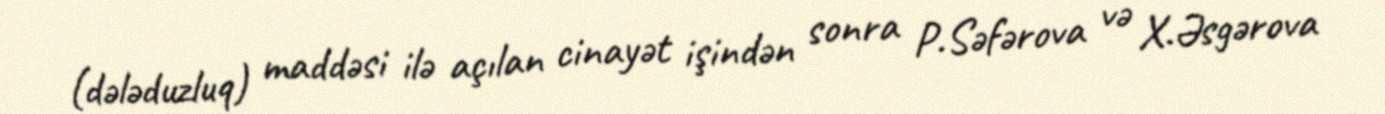
(dələduzluq) maddəsi ilə açılan cinayət işindən sonra P.Səfərova və X.Əsgərova